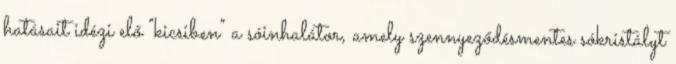
hatásait idézi elő "kicsiben" a sóinhalátor, amely szennyeződésmentes sókristályt